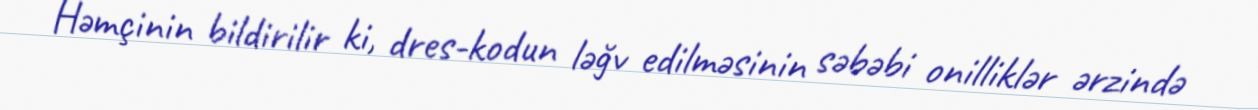
Həmçinin bildirilir ki, dres-kodun ləğv edilməsinin səbəbi onilliklər ərzində